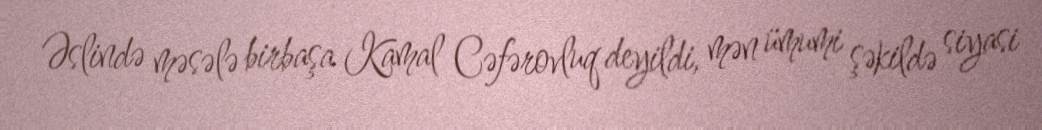
Əslində məsələ birbaşa Kamal Cəfərovluq deyildi, mən ümumi şəkildə siyasi